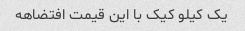
یک کیلو کیک با این قیمت افتضاهه